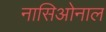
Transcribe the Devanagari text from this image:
नासिओनाल